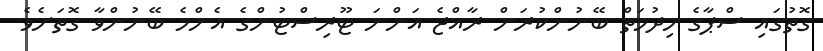
ގޮތުގައި ސްޕާގެ ހިދުމަތް ބޭނުންކުރަން ރާއްޖެ އަންނަ ޓޫރިސްޓުންގެ އެންމެ ބޭނުންވާ ގޮތަށެވެ.